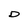
Character: D